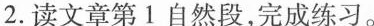
2.读文章第1自然段，完成练习。